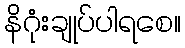
နိဂုံးချုပ်ပါရစေ။